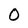
Character: O